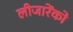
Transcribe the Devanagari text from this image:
लीजारेंको